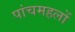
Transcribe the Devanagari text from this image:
पांचमहलों